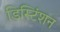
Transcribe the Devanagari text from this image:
डिस्टिंशन